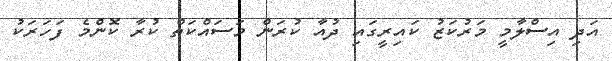
އަދި އިސްލާމީ މަރުކަޒު ކައިރީގައި ދުއާ ކުރަން މަސައްކަތް ކުރާ ކޮންމެ ފަހަރަކު